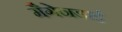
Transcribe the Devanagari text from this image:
मैगेनडाई